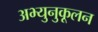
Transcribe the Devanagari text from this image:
अभ्युनुकूलन